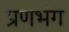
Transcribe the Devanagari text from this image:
प्रणभंग